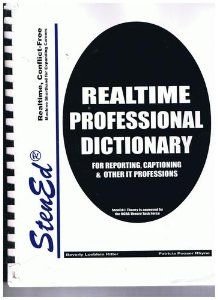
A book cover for Stened's Realtime Professional Dictionary for Stenotypists, Revised Edition; Beverly L. Ritter; Business & Money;